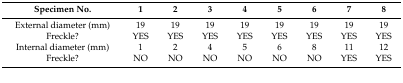
<table><thead><tr><td><b>Specimen No.</b></td><td><b>1</b></td><td><b>2</b></td><td><b>3</b></td><td><b>4</b></td><td><b>5</b></td><td><b>6</b></td><td><b>7</b></td><td><b>8</b></td></tr></thead><tbody><tr><td>External diameter (mm)</td><td>19</td><td>19</td><td>19</td><td>19</td><td>19</td><td>19</td><td>19</td><td>19</td></tr><tr><td>Freckle?</td><td>YES</td><td>YES</td><td>YES</td><td>YES</td><td>YES</td><td>YES</td><td>YES</td><td>YES</td></tr><tr><td>Internal diameter (mm)</td><td>1</td><td>2</td><td>4</td><td>5</td><td>6</td><td>8</td><td>11</td><td>12</td></tr><tr><td>Freckle?</td><td>NO</td><td>NO</td><td>NO</td><td>NO</td><td>NO</td><td>NO</td><td>YES</td><td>YES</td></tr></tbody></table>